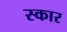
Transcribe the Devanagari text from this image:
स्‍कार